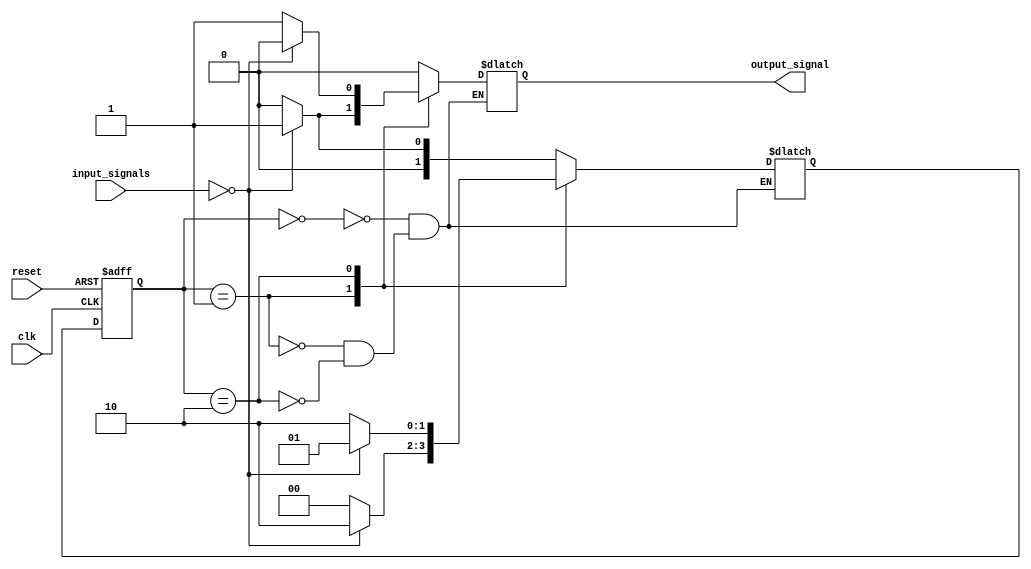
module mealy_state_machine (
    input wire clk,
    input wire reset,
    input wire [1:0] input_signals,
    output reg output_signal
);

// State definitions
parameter S0 = 2'b00;
parameter S1 = 2'b01;
parameter S2 = 2'b10;

// State register
reg [1:0] current_state;
reg [1:0] next_state;

// Output register
reg output_signal_reg;

always @(posedge clk or posedge reset) begin
    if (reset) begin
        current_state <= S0;
    end else begin
        current_state <= next_state;
    end
end

always @* begin
    case (current_state)
        S0: begin
            if (input_signals == 2'b00) begin
                next_state = S1;
                output_signal_reg = 1'b0;
            end else begin
                next_state = S0;
                output_signal_reg = 1'b0;
            end
        end
        S1: begin
            if (input_signals == 2'b00) begin
                next_state = S2;
                output_signal_reg = 1'b1;
            end else begin
                next_state = S0;
                output_signal_reg = 1'b0;
            end
        end
        S2: begin
            if (input_signals == 2'b00) begin
                next_state = S1;
                output_signal_reg = 1'b0;
            end else begin
                next_state = S2;
                output_signal_reg = 1'b1;
            end
        end
    endcase
end

assign output_signal = output_signal_reg;

endmodule